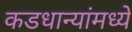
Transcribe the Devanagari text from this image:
कडधान्यांमध्ये